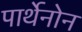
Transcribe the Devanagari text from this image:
पार्थेनोन